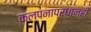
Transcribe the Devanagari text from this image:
कल्पनाप्रधानही